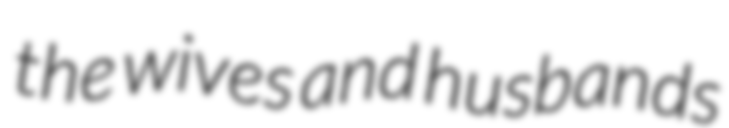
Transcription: the wives and husbands